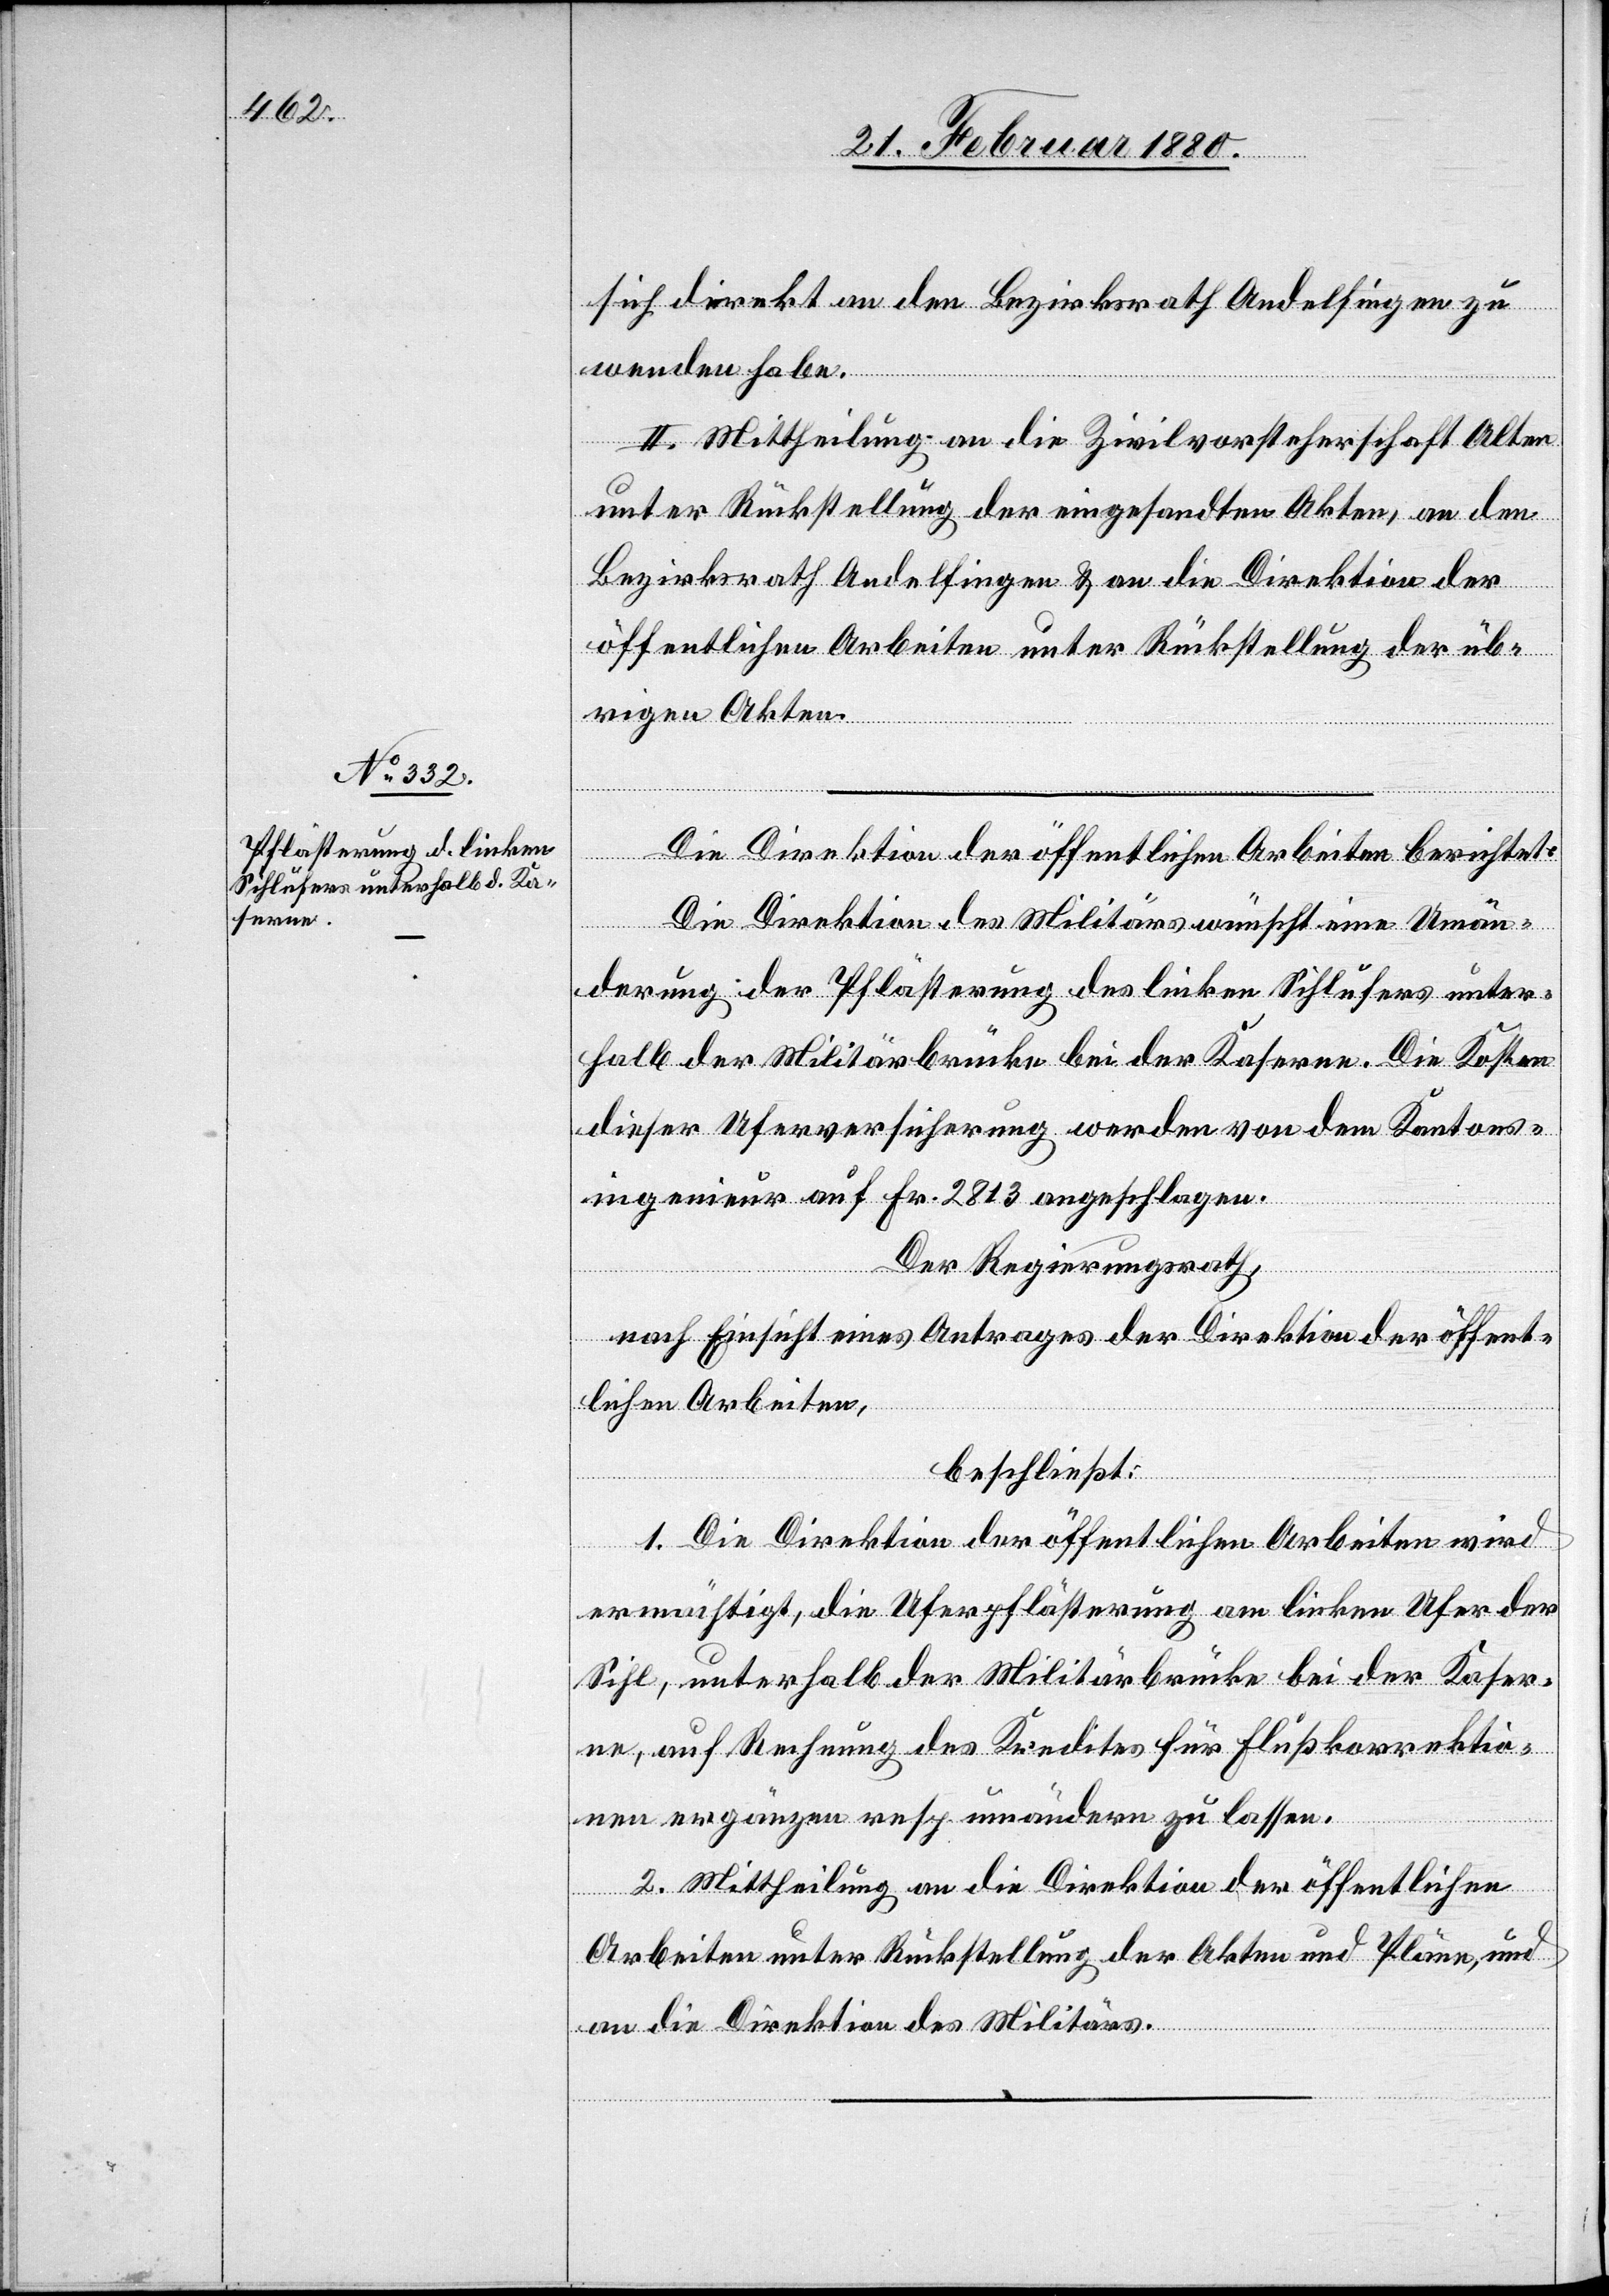
sich direkt an den Bezirksrath Andelfingen zu
wenden habe.
II. Mittheilung an die Zivilvorsteherschaft Olten
unter Rückstellung der eingesandten Akten, an den
Bezirksrath Andelfingen & an die Direktion der
öffentlichen Arbeiten unter Rückstellung der üb¬
rigen Akten.
Die Direktion der öffentlichen Arbeiten berichtet:
Die Direktion des Militärs wünscht eine Umän¬
derung der Pflästerung des linken Sihlufers unter¬
halb der Militärbrücke bei der Kaserne. Die Kosten
dieser Uferversicherung werden von dem Kantons¬
ingenieur auf Fr. 2813 angeschlagen.
Der Regierungsrath,
nach Einsicht eines Antrages der Direktion der öffent¬
lichen Arbeiten,
beschließt:
1. Die Direktion der öffentlichen Arbeiten wird
ermächtigt, die Uferpflästerung am linken Ufer der
Sihl, unterhalb der Militärbrücke bei der Kaser¬
ne, auf Rechnung des Kredites für Flußkorrektio¬
n ergänzen resp. umändern zu lassen.
2. Mittheilung an die Direktion der öffentlichen
Arbeiten unter Rückstellung der Akten und Pläne, und
an die Direktion des Militärs.